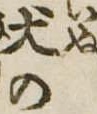
犬の